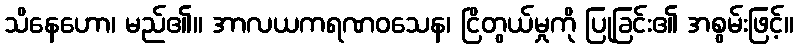
သိနေဟော၊ မည်၏။ အာလယကရဏဝသေန၊ ငြိတွယ်မှုကို ပြုခြင်း၏ အစွမ်းဖြင့်။